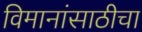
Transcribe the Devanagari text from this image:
विमानांसाठीचा